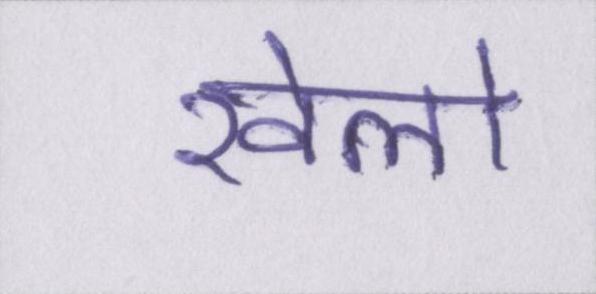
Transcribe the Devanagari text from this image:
खेलो